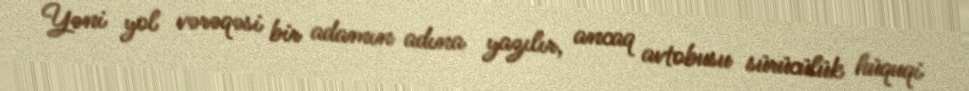
Yəni yol vərəqəsi bir adamın adına yazılır, ancaq avtobusu sürücülük hüquqi